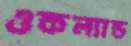
ওকল্যান্ড